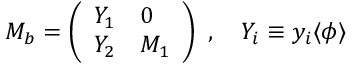
M _ { b } = \left( \begin{array} { l l } { { Y _ { 1 } } } & { { 0 } } \\ { { Y _ { 2 } } } & { { M _ { 1 } } } \end{array} \right) \ , \quad Y _ { i } \equiv y _ { i } \langle \phi \rangle